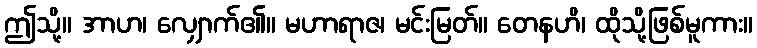
ဤသို့။ အာဟ၊ လျှောက်၏။ မဟာရာဇ၊ မင်းမြတ်။ တေနဟိ၊ ထိုသို့ဖြစ်မူကား။